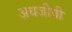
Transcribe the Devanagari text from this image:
अधजीवी